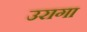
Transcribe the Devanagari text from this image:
उरागा